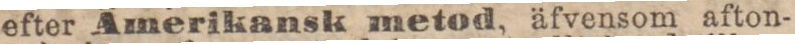
efter Amerikansk metod, äfvensom afton-